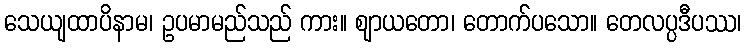
သေယျထာပိနာမ၊ ဥပမာမည်သည် ကား။ ဈာယတော၊ တောက်ပသော။ တေလပ္ပဒီပဿ၊